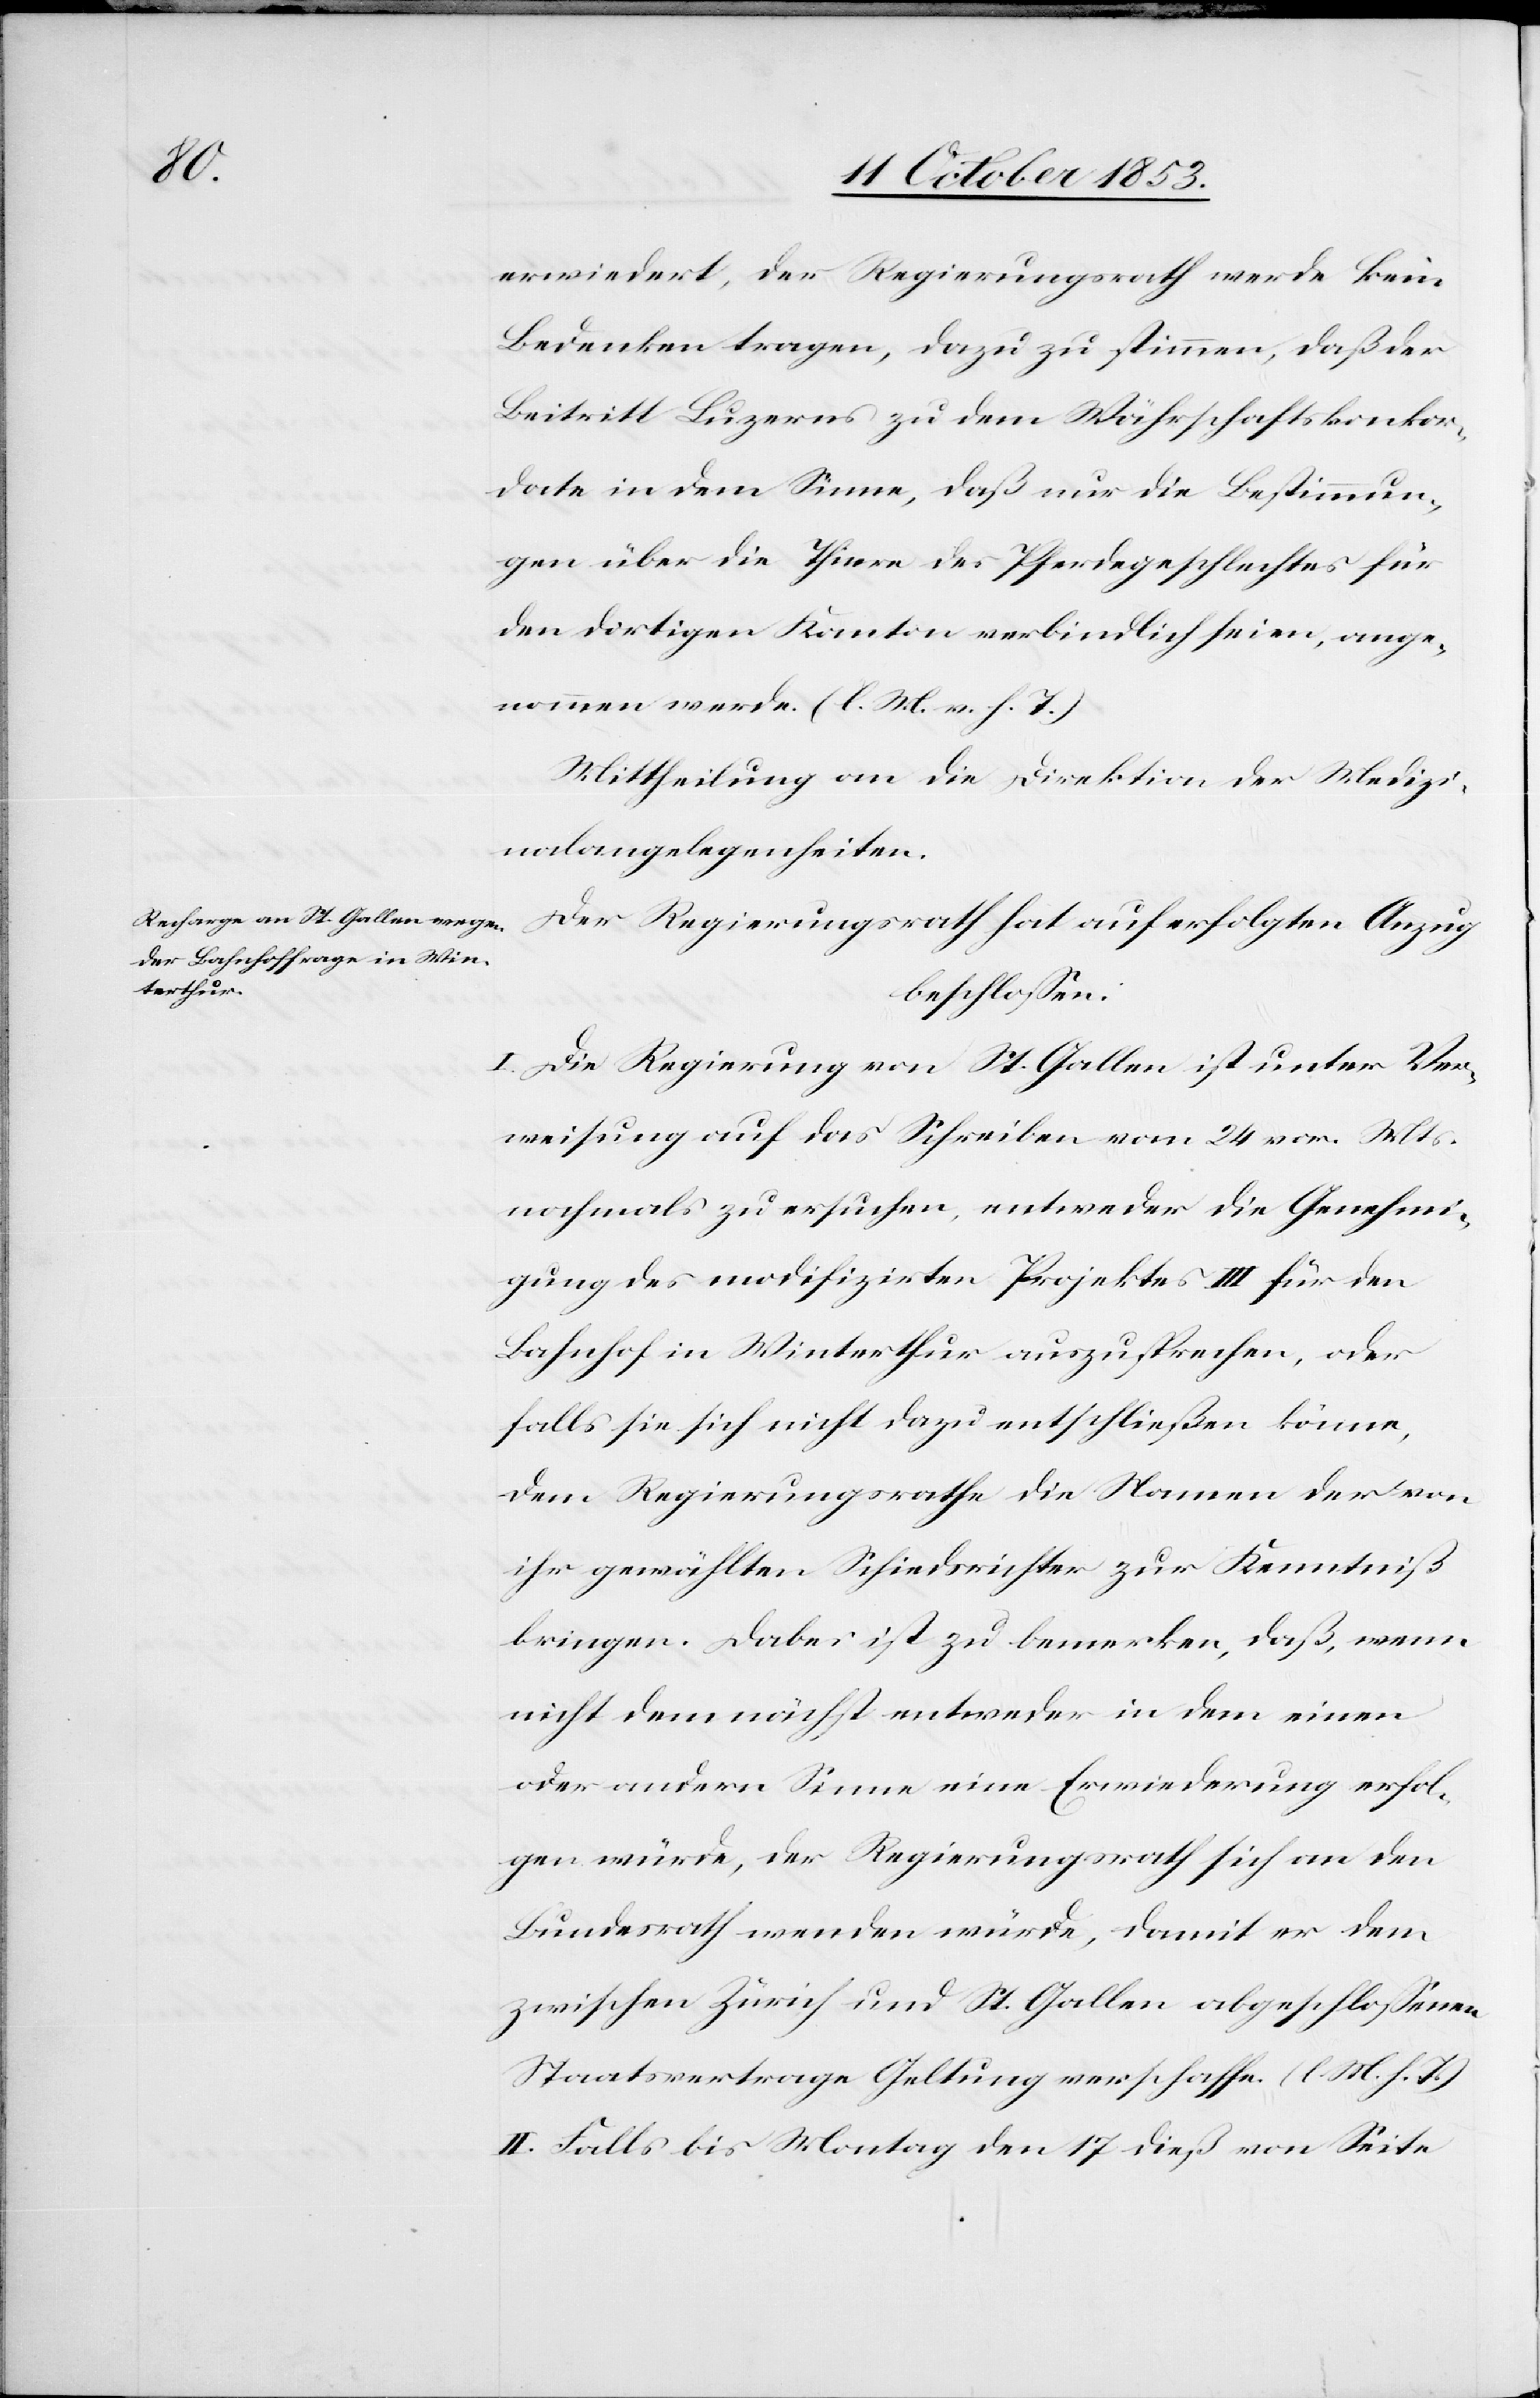
erwiedert, der Regierungsrath werde kein
Bedenken tragen, dazu zu stimmen, daß der
Beitritt Luzerns zu dem Währschaftskonkor¬
date in dem Sinne, daß nur die Bestimmun¬
gen über die Thiere der Pferdegeschlechtes für
den dortigen Kanton verbindlich seien, ange¬
nommen werde. [l. M. v. h. T]
Mittheilung an die Direktion der Medizi¬
nalangelegenheiten.
Der Regierungsrath hat auf erfolgten Anzug
beschloßen:
I. Die Regierung von St. Gallen ist unter Ver¬
weisung auf das Schreiben vom 24 vor. Mts.
nochmals zu ersuchen, entweder die Genehmi¬
gung des modifzirten Projektes III. für den
Bahnhof in Winterthur auszusprechen, oder
falls sie sich nicht dazu entschließen könne,
dem Regierungsrathe die Namen der von
ihr gewählten Schiedsrichter zur Kenntniß
bringen. Dabei ist zu bemerken, daß, wenn
nicht demnächst entweder in dem einen
oder andern Sinne eine Erwiederung erfol¬
gen würde, der Regierungsrath sich an den
Bundesrath wenden würde, damit er dem
zwischen Zürich und St. Gallen abgeschloßenen
Staatsvertrage Geltung verschaffe. [l. M. h. T]
II. Falls bis Montag den 17 dieß von Seite